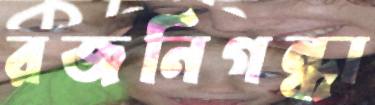
রজনিগন্ধা